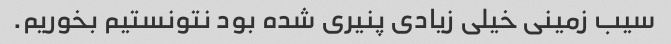
سیب زمینی خیلی زیادی پنیری شده بود نتونستیم بخوریم.